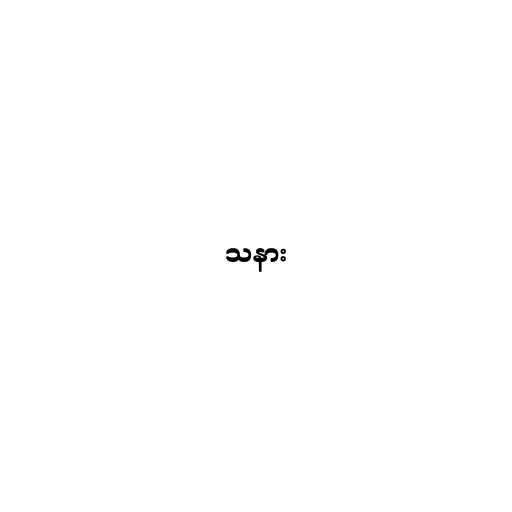
သနား